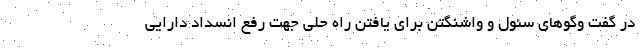
در گفت وگوهای سئول و واشنگتن برای یافتن راه حلی جهت رفع انسداد دارایی